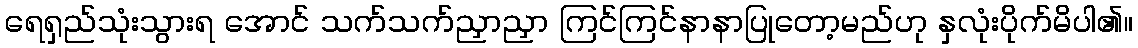
ရေရှည်သုံးသွားရ အောင် သက်သက်ညှာညှာ ကြင်ကြင်နာနာပြုတော့မည်ဟု နှလုံးပိုက်မိပါ၏။